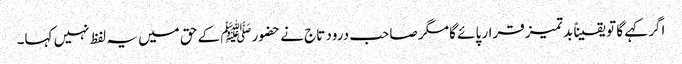
اگر کہے گا تو یقیناً بد تمیز قرار پائے گا مگر صاحب درود تاج نے حضورﷺ کے حق میں یہ لفظ نہیں کہا۔